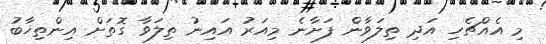
މި އެއްޗެހި އަދި ތިލަވާން ފަށާނެ މިއަރު އައިނު ތިލަވާ ގޮތަށް އިންތިޚާބު